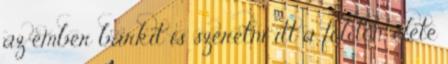
az ember bárkit is szeretni itt a földön, élete